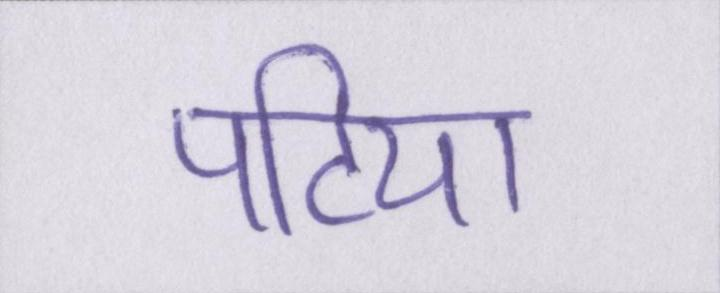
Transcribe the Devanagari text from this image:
पटिया